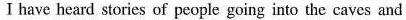
I have heard stories of people going into the caves and